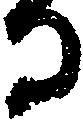
る